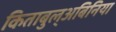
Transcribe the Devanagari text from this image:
किताबुल्अबिनिया